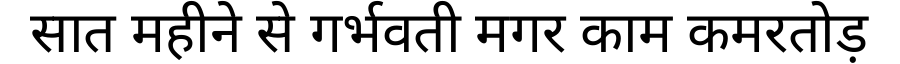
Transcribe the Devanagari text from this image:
सात महीने से गर्भवती मगर काम कमरतोड़